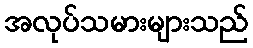
အလုပ်သမားများသည်